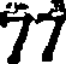
77